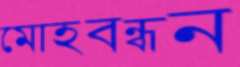
মোহবন্ধন